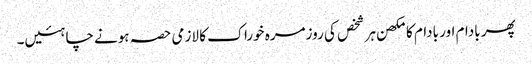
پھر بادام اور بادام کا مکھن ہر شخص کی روزمرہ خوراک کا لازمی حصہ ہونے چاہئیں۔